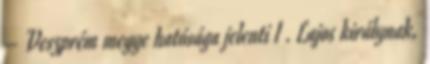
– Veszprém megye hatósága jelenti I . Lajos királynak,